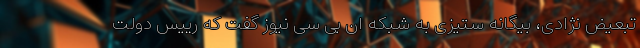
تبعیض نژادی، بیگانه ستیزی به شبکه ان بی سی نیوز گفت که رییس دولت